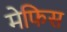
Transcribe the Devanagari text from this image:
मेफिस